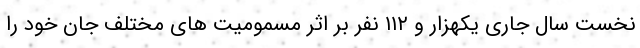
نخست سال جاری یکهزار و ۱۱۲ نفر بر اثر مسمومیت های مختلف جان خود را